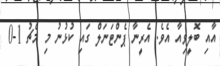
އާއި ބޮލީވިއާ އެވެ. އެރީނާ ޕެންޓަނަލް ގައި ކުޅުނު މި މެޗު 1-0